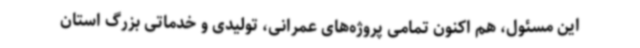
این مسئول، هم اکنون تمامی پروژه‌های عمرانی، تولیدی و خدماتی بزرگ استان